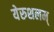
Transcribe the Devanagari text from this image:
येरुशलम्